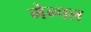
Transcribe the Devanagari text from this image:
मेन्चल